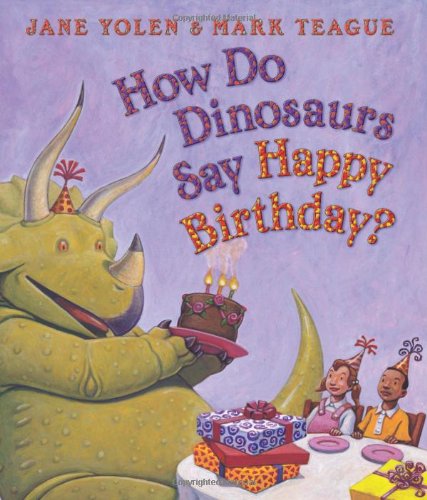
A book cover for How Do Dinosaurs Say Happy Birthday?; Jane Yolen; Children's Books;